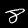
Digit: 8